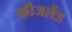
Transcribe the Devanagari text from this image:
फ्रीजलैंड